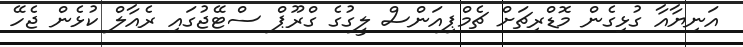
އަނިޔާއާ ގުޅިގެން މޮޑްރިޗަށް ޗެމްޕިއަންސް ލީގުގެ ގްރޫޕް ސްޓޭޖުގައި ރެއާލް ކުޅެން ޖެހޭ